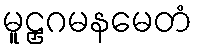
မူဠှဂမနမေတံ